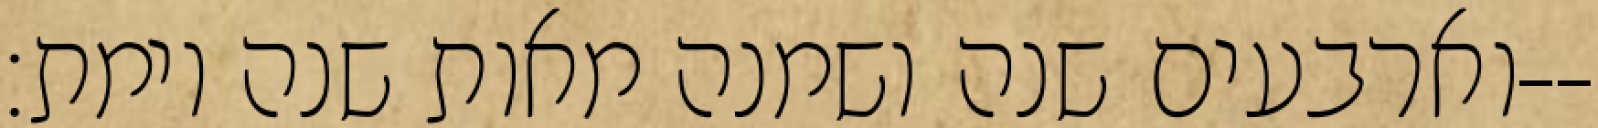
וארבעים שנה ושמנה מאות שנה וימת׃--